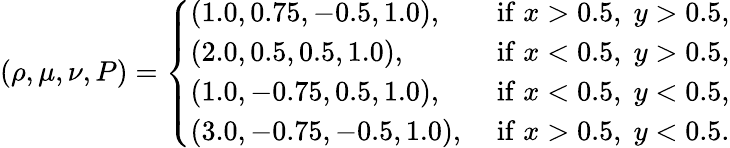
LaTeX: (\rho,\mu,\nu,P)=\left\{ \begin{array}{ll}{(1.0,0.75,-0.5,1.0),\; }&{\mathrm{if}\; x>0.5,\; y>0.5,}\\ {(2.0,0.5,0.5,1.0),\; }&{\mathrm{if}\; x<0.5,\; y>0.5,}\\ {(1.0,-0.75,0.5,1.0),\; }&{\mathrm{if}\; x<0.5,\; y<0.5,}\\ {(3.0,-0.75,-0.5,1.0),\; }&{\mathrm{if}\; x>0.5,\; y<0.5.}\end{array}\right.